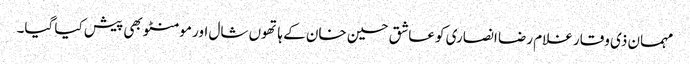
مہمان ذی وقار غلام رضا انصاری کو عاشق حسین خان کے ہاتھوں شال اور مومنٹو بھی پیش کیا گیا۔